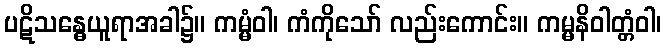
ပဋိသန္ဓေယူရာအခါ၌။ ကမ္မံဝါ၊ ကံကိုသော် လည်းကောင်း။ ကမ္မနိဝါတ္တံဝါ၊